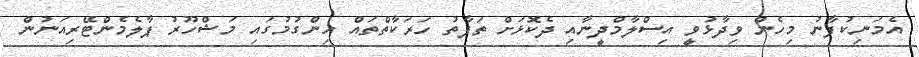
އެމަނިކުފާނު މިހެން ވިދާޅުވީ އިސްލާމްދީނާއި ދެކޮޅަށް ތަފާތު ހަރަކާތްތައް ހިންގުމުގައި މަޝްހޫރު ޕާލެމެންޓޭރިއަނުން